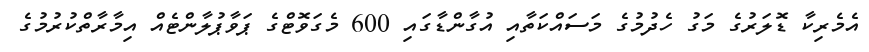
އެމެރިކާ ޑޮލަރުގެ މަގު ހެދުމުގެ މަސައްކަތާއި އުގާންޑާގައި 600 މެގަވޮޓްގެ ޕަވާޕުލާންޓެއް އިމާރާތްކުރުމުގެ